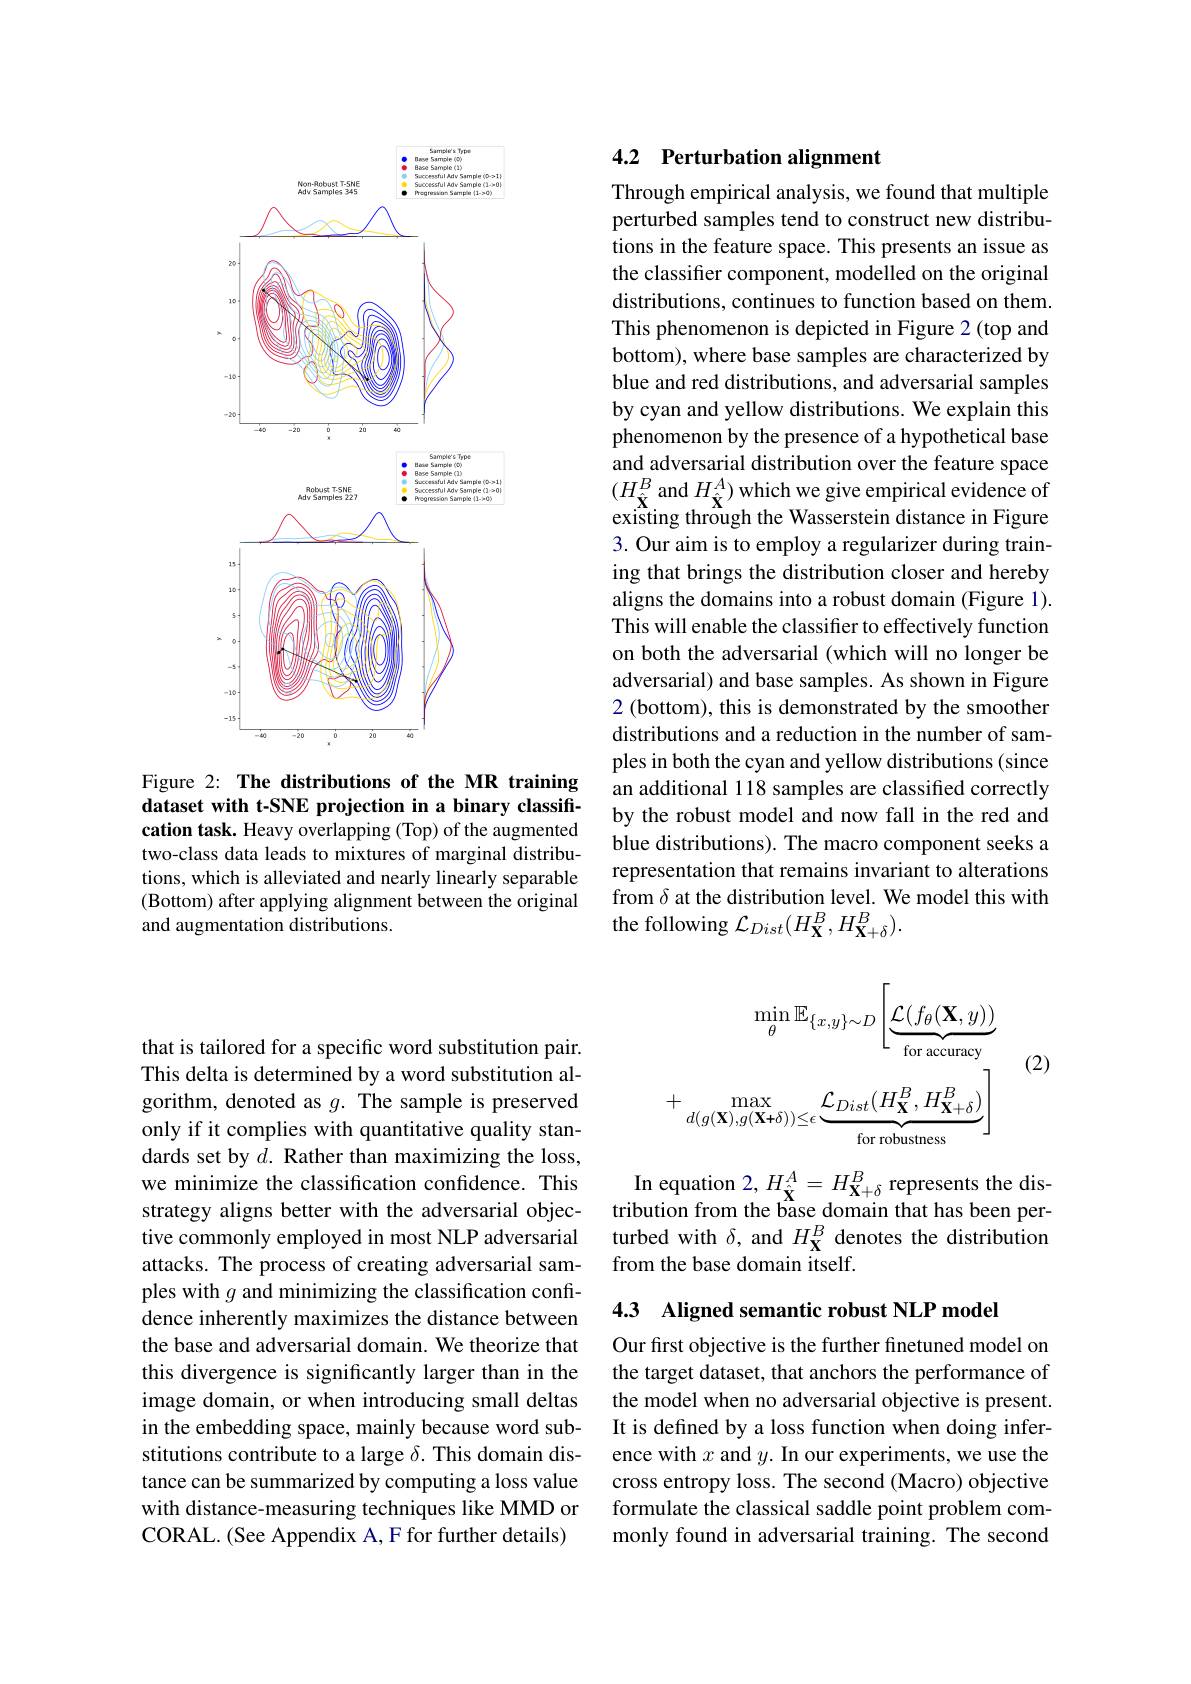
<FigureHere>

Figure 2: The distributions of the MR training dataset with t-SNE projection in a binary classification task. Heavy overlapping (Top) of the augmented two-class data leads to mixtures of marginal distributions, which is alleviated and nearly linearly separable (Bottom) after applying alignment between the original and augmentation distributions.

that is tailored for a specific word substitution pair. This delta is determined by a word substitution algorithm, denoted as $g.$ The sample is preserved only if it complies with quantitative quality standards set by $d.$ Rather than maximizing the loss, we minimize the classification confidence. This strategy aligns better with the adversarial objective commonly employed in most NLP adversarial attacks. The process of creating adversarial samples with $g$ and minimizing the classification confidence inherently maximizes the distance between the base and adversarial domain. We theorize that this divergence is significantly larger than in the image domain, or when introducing small deltas in the embedding space, mainly because word substitutions contribute to a large $\delta.$ This domain distance can be summarized by computing a loss value with distance-measuring techniques like MMD or CORAL. (See Appendix A, F for further details)

### 4.2 Perturbation alignment

Through empirical analysis, we found that multiple perturbed samples tend to construct new distributions in the feature space. This presents an issue as the classifier component, modelled on the original distributions, continues to function based on them. This phenomenon is depicted in Figure 2(top and bottom), where base samples are characterized by blue and red distributions, and adversarial samples by cyan and yellow distributions. We explain this phenomenon by the presence of a hypothetical base and adversarial distribution over the feature space $(H_{\hat{\mathbf{X}}}^B$ and $H_\hat{\mathbf{X}}^A)$ which we give empirical evidence of existing through the Wasserstein distance in Figure 3. Our aim is to employ a regularizer during training that brings the distribution closer and hereby aligns the domains into a robust domain (Figure 1). This will enable the classifier to effectively function on both the adversarial (which will no longer be adversarial) and base samples. As shown in Figure 2 (bottom), this is demonstrated by the smoother distributions and a reduction in the number of samples in both the cyan and yellow distributions (since an additional 118 samples are classified correctly by the robust model and now fall in the red and blue distributions). The macro component seeks a representation that remains invariant to alterations from $\delta$ at the distribution level. We model this with the following $\mathcal{L}_Dist(H_\mathbf{X}^B,H_\mathbf{X}+\delta^B).$
$$\operatorname*{min}_{\theta}\mathbb{E}_{\{x,y\}\sim D}\Bigg[\underbrace{\mathcal{L}(f_{\theta}(\mathbf{X},y))}_{\mathrm{for~accuracy}}\\+\operatorname*{max}_{d(g(\mathbf{X}),g(\mathbf{X}+\delta))\leq\epsilon}\underbrace{\mathcal{L}_{Dist}(H_{\mathbf{X}}^{B},H_{\mathbf{X}+\delta}^{B})}_{\mathrm{for~robustness}}\Bigg]$$
(2)

In equation 2, $H_{\hat{\mathbf{X}}}^{A}=H_{\mathbf{X}+\delta}^{B}$ represents the distribution from the base domain that has been perturbed with $\delta$, and $H_\mathbf{X}^B$ denotes the distribution from the base domain itself.

4.3 Aligned semantic robust NLP model

Our first objective is the further finetuned model on the target dataset, that anchors the performance of the model when no adversarial objective is present. It is defined by a loss function when doing inference with $x$ and $y.$ In our experiments, we use the cross entropy loss. The second (Macro) objective formulate the classical saddle point problem commonly found in adversarial training. The second